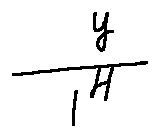
\frac { y } { l ^ { H } }